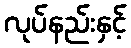
လုပ်နည်းနှင့်